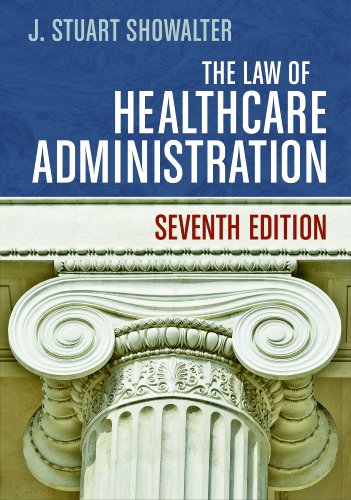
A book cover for The Law of Healthcare Administration, Seventh Edition; J. Stuart Showalter; Medical Books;